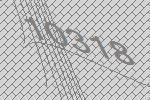
10318